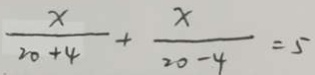
\frac { x } { 2 0 + 4 } + \frac { x } { 2 0 - 4 } = 5